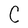
Character: O